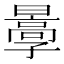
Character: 𡦩